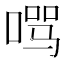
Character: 𱓚